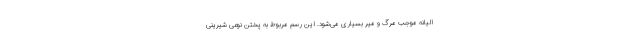
الیانه موجب مرگ و میر بسیاری می‌شود. این رسم مربوط به پختن نوعی شیرینی